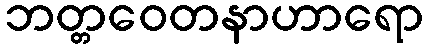
ဘတ္တဝေတနာဟာရော